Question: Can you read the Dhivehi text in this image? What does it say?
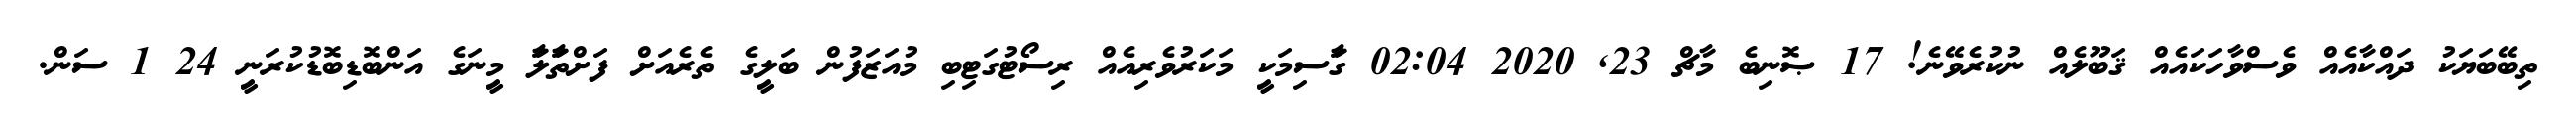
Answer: ތިބޭބަޔަކު ދައްކާއެއް ވެސްވާހަކައެއް ޤަބޫލެއް ނުކުރެވޭނެ! 17 ޞޮނިބެ މާޗް 23, 2020 02:04 ގަާސިމަކިީ މަކަރުވެރިއެއް ރިސޯޓުގަޓިބި މުއަޒަފުން ބަލިީގެ ތެރެއަށް ފަށްތަާލަާ މިީނަގެ އަންބޮޑިބޮޑުކުރަނިީ 24 1 ސަން.